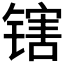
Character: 𬭪